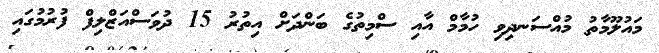
މައުލޫމާތު މުއްސަނދިވި ހުމާމް އާއި ސްމިތުގެ ބަންދަށް އިތުރު 15 ދުވަސްއަޒްލިފް ފުރުމުގައި